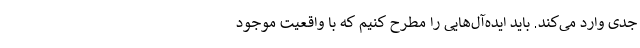
جدی وارد می‌کند. باید ایده‌آل‌هایی را مطرح کنیم که با واقعیت موجود